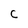
Character: C